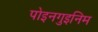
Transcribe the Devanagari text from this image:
पोइनगुइनिम